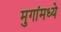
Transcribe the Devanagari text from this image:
मुगांमध्ये